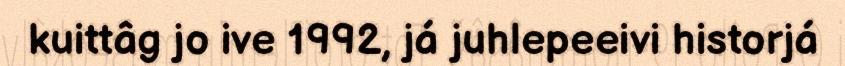
kuittâg jo ive 1992, já juhlepeeivi historjá